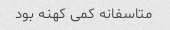
متاسفانه کمی کهنه بود